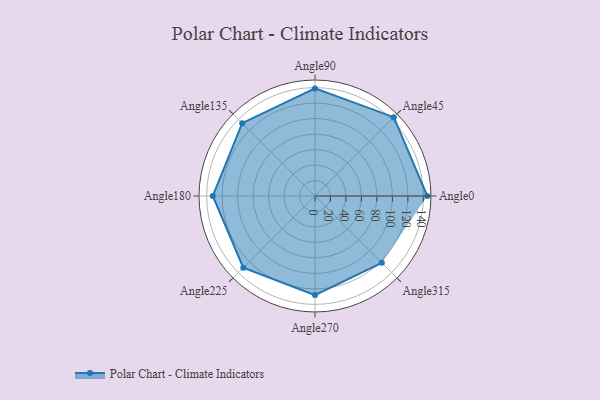
{"axis": {"x": "Angle", "y": "Radius"}, "legend": [""], "data": [{"x": "Angle0", "y": 145.0, "type": ""}, {"x": "Angle45", "y": 144.0, "type": ""}, {"x": "Angle90", "y": 139.0, "type": ""}, {"x": "Angle135", "y": 133.0, "type": ""}, {"x": "Angle180", "y": 132.0, "type": ""}, {"x": "Angle225", "y": 131.0, "type": ""}, {"x": "Angle270", "y": 128.0, "type": ""}, {"x": "Angle315", "y": 122.0, "type": ""}]}